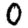
Digit: 0